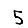
Digit: 5